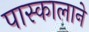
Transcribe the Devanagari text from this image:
पास्कालाने